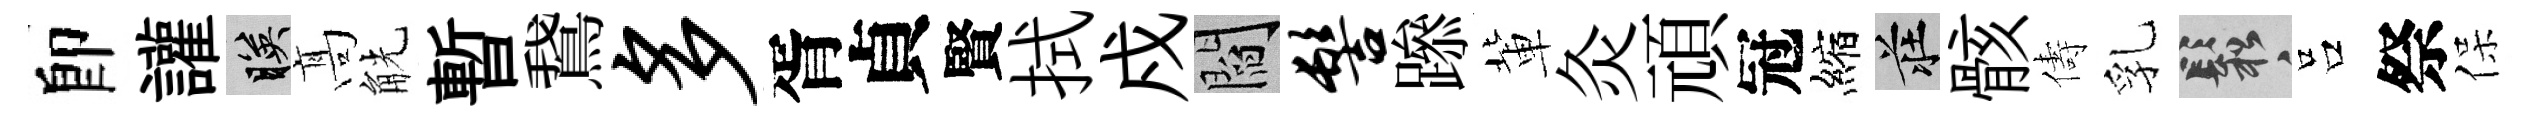
卽讙映髙觥暫鵞多胥貞賢拭戍閻髻𨅶軰灸頑冠縮莊骸儔乳鬆吕祭保